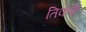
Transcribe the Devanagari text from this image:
तिकके